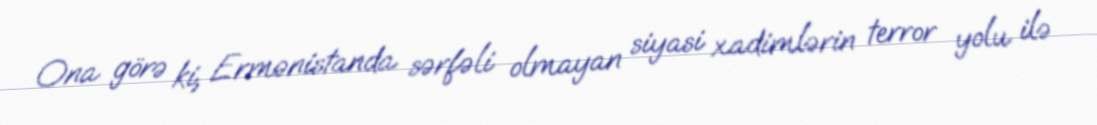
Ona görə ki, Ermənistanda sərfəli olmayan siyasi xadimlərin terror yolu ilə